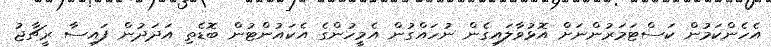
އެހެންކަމުން ކަސްޓަމަރުންނަށް އޮޅުވާލައިގެން ނުހައްގުން އެމީހުންގެ އެކައުންޓުން ބޮޑެތި އަދަދުން ފައިސާ ރީޗާޖު